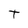
Character: T